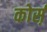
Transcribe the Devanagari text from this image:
कोर्स़